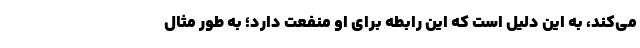
می‌کند، به این دلیل است که این رابطه برای او منفعت دارد؛ به طور مثال